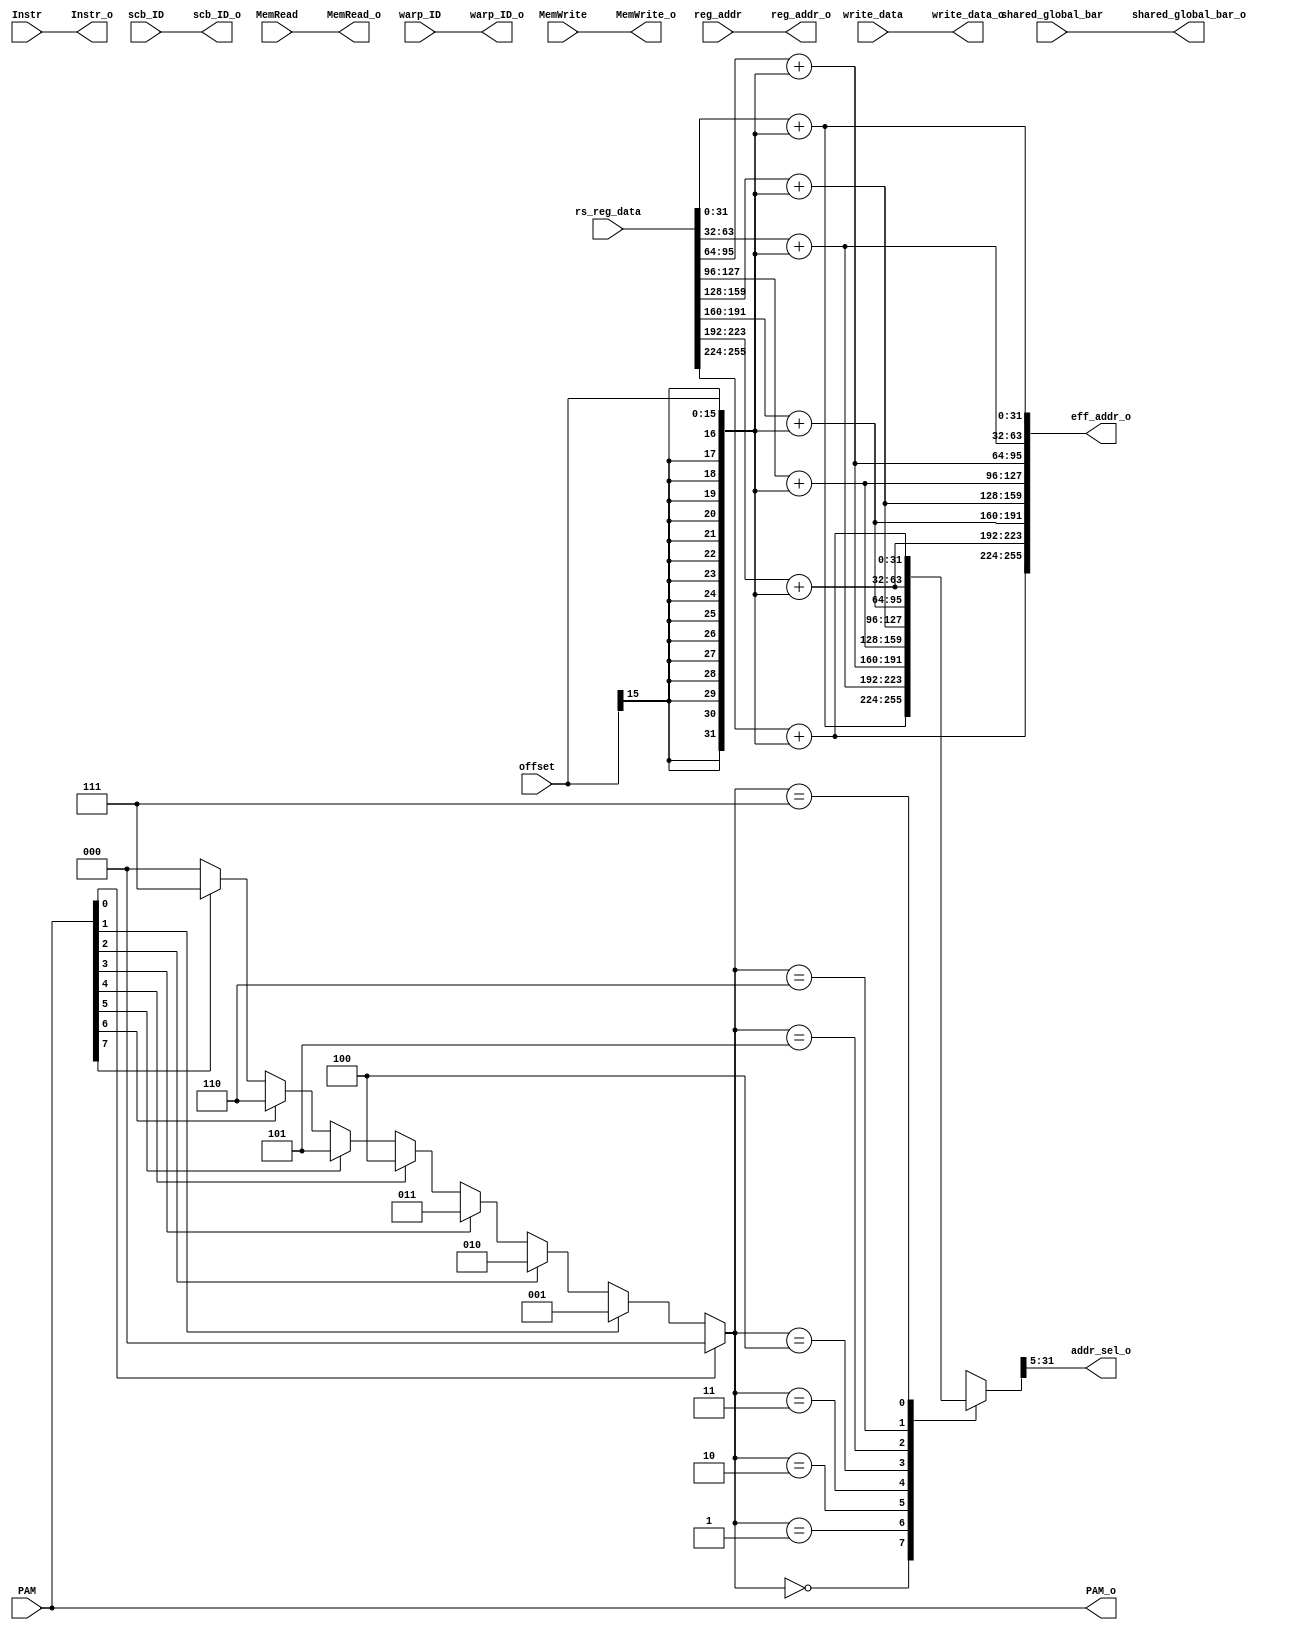
module mem_stage1(
	
	input MemRead, MemWrite, shared_global_bar,
	input [2:0] warp_ID,
	input [1:0] scb_ID,
	input [7:0] PAM,
	input [4:0] reg_addr,
	input [255:0] rs_reg_data,
	input [15:0] offset,
	input [255:0] write_data,
	input [31:0] Instr,
	
	
	output MemRead_o, MemWrite_o, shared_global_bar_o,
	output [2:0] warp_ID_o,
	output [1:0] scb_ID_o,
	output [7:0] PAM_o,
	output [255:0] eff_addr_o, write_data_o,
	output [4:0] reg_addr_o,
	output [26:0] addr_sel_o,
	output [31:0] Instr_o
);
	
	
	
	reg [31:0] eff_addr [7:0];
	reg [2:0] thread_select;
	reg [26:0] addr_sel;
	
	integer i;
	
	
	always@(rs_reg_data, offset)
	begin
	
		eff_addr[0] 	= 	rs_reg_data[31:0] 		+ 	{{16{offset[15]}},offset};
		eff_addr[1] 	= 	rs_reg_data[63:32] 		+ 	{{16{offset[15]}},offset};
		eff_addr[2] 	= 	rs_reg_data[95:64] 		+ 	{{16{offset[15]}},offset};
		eff_addr[3] 	= 	rs_reg_data[127:96] 	+ 	{{16{offset[15]}},offset};
		eff_addr[4] 	= 	rs_reg_data[159:128] 	+ 	{{16{offset[15]}},offset};
		eff_addr[5] 	= 	rs_reg_data[191:160] 	+ 	{{16{offset[15]}},offset};
		eff_addr[6] 	= 	rs_reg_data[223:192] 	+ 	{{16{offset[15]}},offset};
		eff_addr[7] 	= 	rs_reg_data[255:224] 	+ 	{{16{offset[15]}},offset};
		
	end
	
	always@(PAM or eff_addr[0] or eff_addr[1] or eff_addr[2] or eff_addr[3] or eff_addr[4] or eff_addr[5] or eff_addr[6] or eff_addr[7])
	begin
		thread_select = 0;
		for(i=7; i>=0; i=i-1)
		begin
			if(PAM[i])
				thread_select = i;
		end
		
		addr_sel = eff_addr[thread_select][31:5];
		
	end
	
	
		
		
			
	assign eff_addr_o[31:0] 		= 	eff_addr[0];
	assign eff_addr_o[63:32] 		= 	eff_addr[1];
	assign eff_addr_o[95:64] 		= 	eff_addr[2];
	assign eff_addr_o[127:96] 		= 	eff_addr[3];
	assign eff_addr_o[159:128] 		= 	eff_addr[4];
	assign eff_addr_o[191:160] 		= 	eff_addr[5];
	assign eff_addr_o[223:192] 		= 	eff_addr[6];
	assign eff_addr_o[255:224] 		= 	eff_addr[7];
	
	
	
	assign MemRead_o 			=	MemRead;
	assign MemWrite_o 			=	MemWrite;
	assign shared_global_bar_o	=	shared_global_bar;
	assign warp_ID_o			=	warp_ID;
	assign scb_ID_o				=	scb_ID;
	assign PAM_o				=	PAM;
	assign write_data_o			=	write_data;
	assign reg_addr_o			=	reg_addr;
	assign addr_sel_o			=	addr_sel;
	assign Instr_o				=	Instr;
	
	
	
endmodule